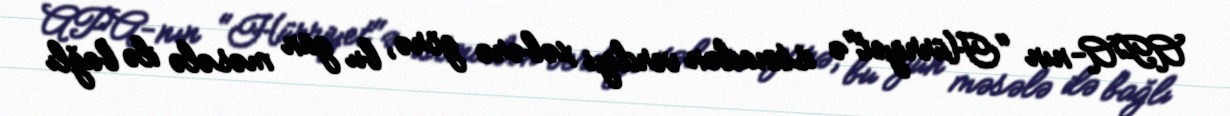
APA-nın "Hürriyet"ə istinadən verdiyi xəbərə görə, bu gün məsələ ilə bağlı